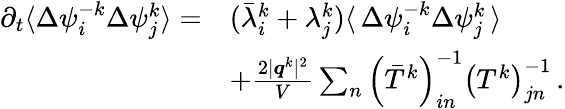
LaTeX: \begin{array}{rl}{\partial_{t}\langle\Delta{{\psi}_{i}^{-k}}\Delta{\psi}_{j}^{k}\rangle=}&{(\bar{\lambda}_{i}^{k}+\lambda_{j}^{k})\langle\, \Delta\psi_{i}^{-k}\Delta\psi_{j}^{k}\, \rangle}\\ &{+\frac{2\vert\boldsymbol{q}^{k}\vert^{2}}{V}\sum_{n}\left(\bar{T}^{k}\right)_{in}^{-1}\left(T^{k}\right)_{jn}^{-1}\, .}\end{array}